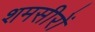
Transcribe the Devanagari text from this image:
शमसीरों